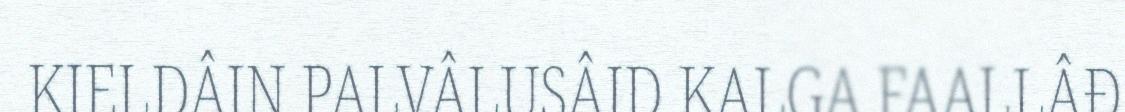
KIELDÂIN PALVÂLUSÂID KALGA FAALLÂĐ